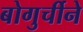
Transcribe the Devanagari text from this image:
बोगुर्चीने